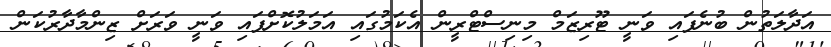
އަދާލަތުން ބުނެފައި ވަނީ ޓޫރިޒަމް މިނިސްޓްރީން އެކަމުގައި އަމަލުކޮށްފައި ވަނީ ވަރަށް ޒިންމާދާރުކަން